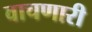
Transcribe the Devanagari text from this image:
वाचणारी